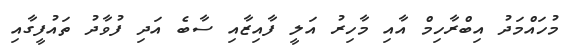
މުހައްމަދު އިބްރާހިމް އާއި މާހިރު އަލީ ފާއިޒާއި ސާބެ އަދި ފުވާދު ތައުފީގާއި